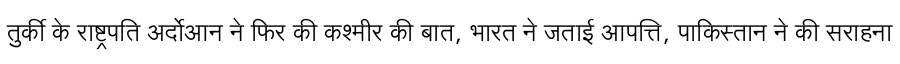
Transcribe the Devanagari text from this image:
तुर्की के राष्ट्रपति अर्दोआन ने फिर की कश्मीर की बात, भारत ने जताई आपत्ति, पाकिस्तान ने की सराहना